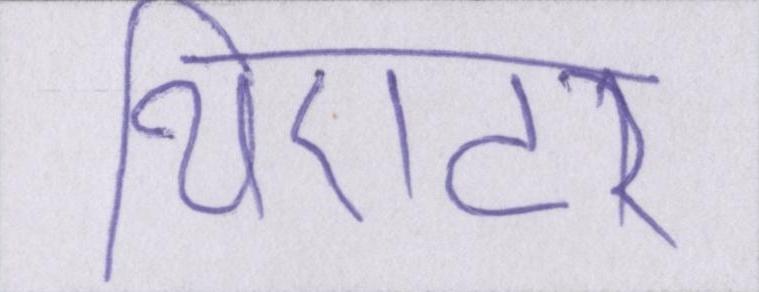
थिएटर